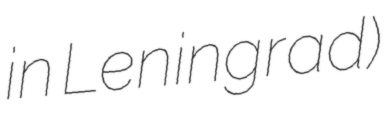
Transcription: in Leningrad)